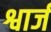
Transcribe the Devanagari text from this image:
श्वार्ज